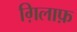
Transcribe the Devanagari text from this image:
ग़िलाफ़